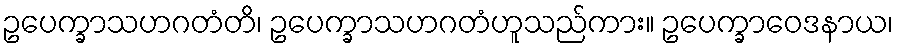
ဥပေက္ခာသဟဂတံတိ၊ ဥပေက္ခာသဟဂတံဟူသည်ကား။ ဥပေက္ခာဝေဒနာယ၊